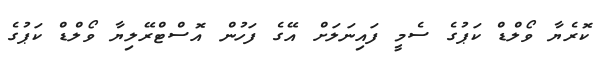
ކޮރެޔާ ވޯލްޑް ކަޕުގެ ސެމީ ފައިނަލަށް އޭގެ ފަހުން އޮސްޓްރޭލިޔާ ވޯލްޑް ކަޕުގެ